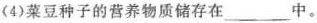
(4)菜豆种子的营养物质储存在___中。